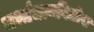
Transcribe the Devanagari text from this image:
गर्भाधानविधीस